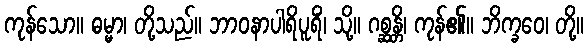
ကုန်သော။ ဓမ္မာ၊ တို့သည်။ ဘာဝနာပါရိပူရိံ၊ သို့။ ဂစ္ဆန္တိ၊ ကုန်၏။ ဘိက္ခဝေ၊ တို့။